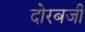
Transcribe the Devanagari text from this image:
दोरबजी